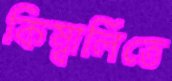
কিম্বার্লিতে